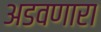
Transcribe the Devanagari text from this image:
अडवणारा